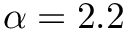
\alpha = 2 . 2